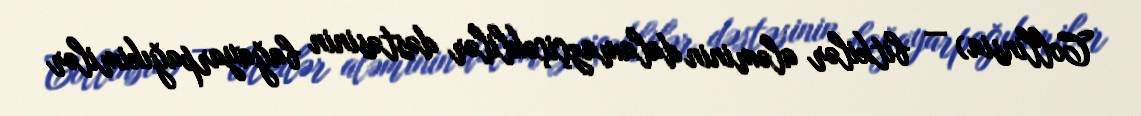
Collinsia) — bitkilər aləminin dalamazçiçəklilər dəstəsinin bağayarpağıkimilər